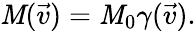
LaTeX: \mathit{M}(\vec{{v}})=\mathit{M}_{0}\gamma(\vec{{v}}).